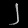
Digit: ၂